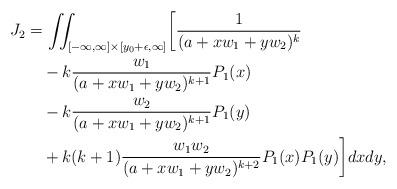
LaTeX: \begin{align*}~\begin{aligned}J_2&=\iint_{[-\infty,\infty]\times[y_{0}+\epsilon,\infty]}\biggl[\frac1{(a+xw_1+yw_2)^k} \\&\quad-k\frac{w_1}{(a+xw_1+yw_2)^{k+1}}P_{1}(x) \\&\quad-k\frac{w_2}{(a+xw_1+yw_2)^{k+1}}P_{1}(y)\\&\quad+k(k+1)\frac{w_1w_2}{(a+xw_1+yw_2)^{k+2}}P_{1}(x)P_{1}(y)\biggl]dxdy,\end{aligned}\end{align*}